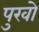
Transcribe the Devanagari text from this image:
पुरवो